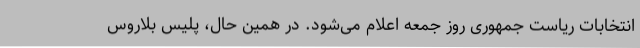
انتخابات ریاست جمهوری روز جمعه اعلام می‌شود. در همین حال، پلیس بلاروس